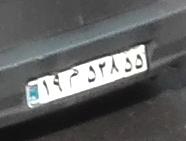
۱۹م۵۲۸۵۵